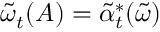
\tilde { \omega } _ { t } ( A ) = \tilde { \alpha } _ { t } ^ { * } ( \tilde { \omega } )